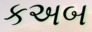
કઅબ